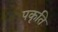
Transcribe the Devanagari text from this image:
पकृति